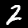
Digit: 2